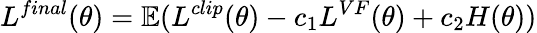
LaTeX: L^{final}(\theta)=\mathbb{E}(L^{clip}(\theta)-c_{1}L^{VF}(\theta)+c_{2}H(\theta))